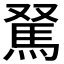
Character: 𩢂